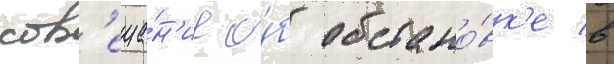
сов'еща́н'ие о́б обстано́вк'е в